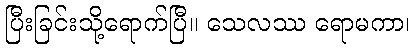
ပြီးခြင်းသို့ရောက်ပြီ။ သေလဿ ရောမကာ၊